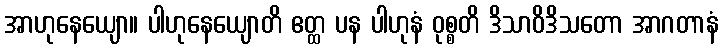
အာဟုနေယျော။ ပါဟုနေယျောတိ ဧတ္ထ ပန ပါဟုနံ ဝုစ္စတိ ဒိသာဝိဒိသတော အာဂတာနံ